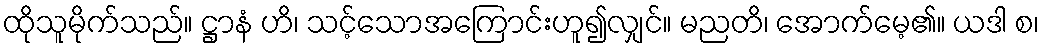
ထိုသူမိုက်သည်။ ဋ္ဌာနံ ဟိ၊ သင့်သောအကြောင်းဟူ၍လျှင်။ မညတိ၊ အောက်မေ့၏။ ယဒါ စ၊